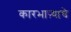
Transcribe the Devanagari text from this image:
कारभाऱ्याचे